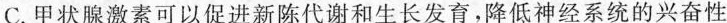
C.甲状腺激素可以促进新陈代谢和生长发育，降低神经系统的兴奋性